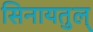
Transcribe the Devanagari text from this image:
सिनायतुल्